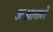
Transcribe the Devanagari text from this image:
उत्सवासाठीं